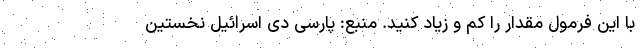
با این فرمول مقدار را کم و زیاد کنید. منبع: پارسی دی اسرائیل نخستین